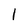
Character: l